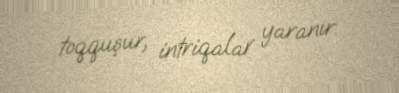
toqquşur, intriqalar yaranır.